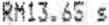
RM13.65 S